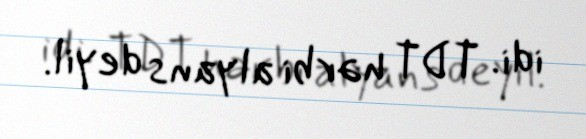
idi. TDT hərbi alyans deyil.